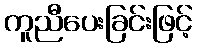
ကူညီပေးခြင်းဖြင့်